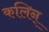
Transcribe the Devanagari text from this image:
कलिन्